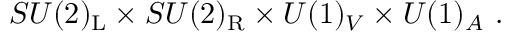
S U ( 2 ) _ { \mathrm { { L } } } \times S U ( 2 ) _ { \mathrm { { R } } } \times U ( 1 ) _ { V } \times U ( 1 ) _ { A } ~ .